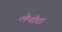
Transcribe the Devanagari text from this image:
लेनोरा